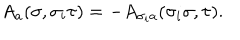
LaTeX: A _ { a } ( \sigma , \sigma _ { i } \tau ) = - A _ { \sigma _ { i } a } ( \sigma _ { i } \sigma , \tau ) .